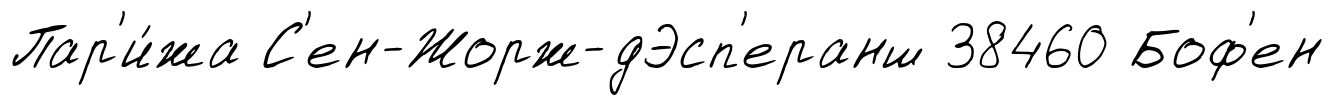
Пар'и́жа С'ен-Жорж-дЭсп'еранш 38460 Боф'ен